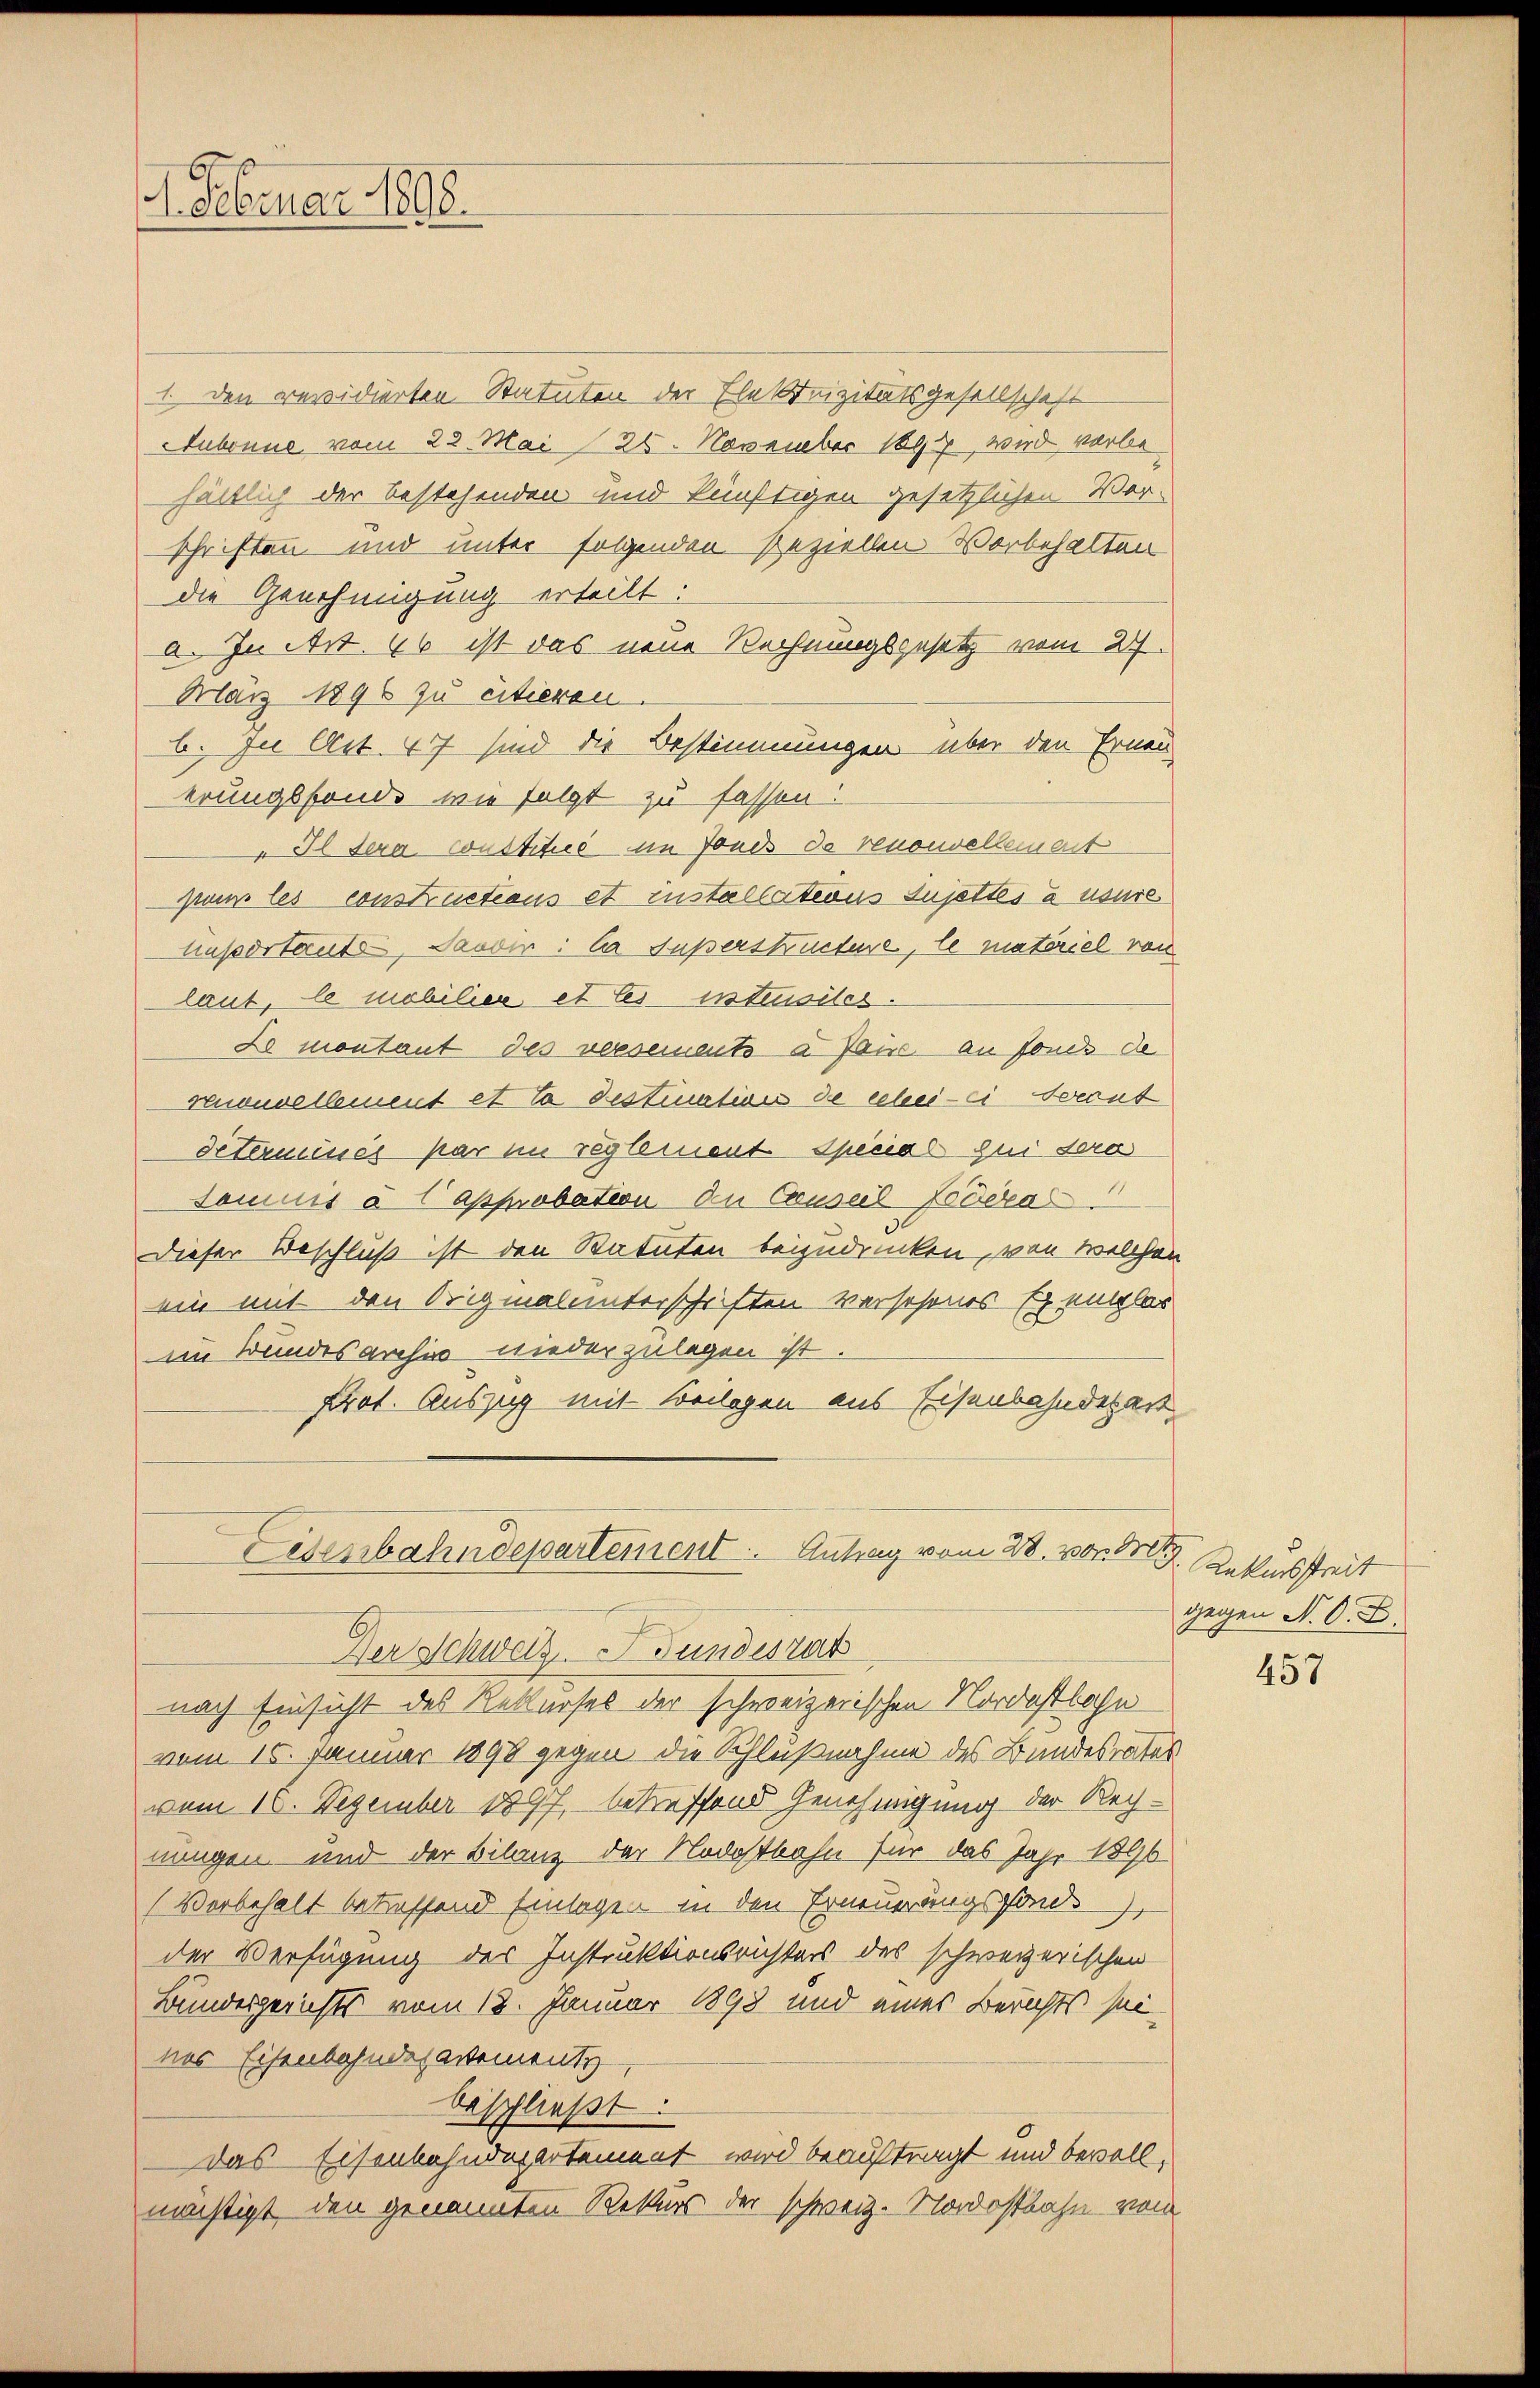
. Februar 1898.

1. Den revidierten Statuten der Elektrizitätsgesellschaft
Aubonne vom 22. Mai 26. November 1894, wird vorbe
hältlich der bestehenden und künftigen gesetzlichen Ver-
schriften und unter folgenden Beziellen Vorbehalten
die Genehmigung erteilt:
a. In Art. 46 ist das neue Rechnungsgesetz vom 27.
März 1896 zu citieren.
b. In Art. 47 sind die Bestimmungen über den Ernen
erungsfonde, wie folgt zu fassen:
 Il sera constitus im Fonds de renouvellement
pans les constructions et installations Sujettes à usure
tuportants, Sardir: la Fußerstructene, le materiel von
laut, le mobilier et les instensiles.
Le montant des voesemento a fause an fonds de
renouvellement et la destination de schei-ci derant
determisses par im reglement Special zu sera
sommis à l’approbation an Consul Foderal
Dieser Beschluß ist den Statuten beizudrucken, von welchen
ein mit den Originalunterschriften versehenes Exentlas
im Bundesarchiv wiederzulegen ist.
Prot. Auszug mit Beilagen aus Eisenbahndepart
Eisenbahndepartement. Antrag vom 28. von M
Der Schweiz. Bundesrat
nach Einsicht des Rekurses der schweizerischen Nordostbahn
vom 16. Januar 1898 gegen die Schlußnahme des Bundesrates
vom 16. Dezember 1897, betreffend Genehmigung der Rechnungen und der Bilanz der Nodostbahn für das Jahr 1890
(Vorbehalt betreffend Einlagen in den Erneuerungsfonds
der Verfügung des Instruktionsrichters des schweizerischen
Bundesgerichts vom 12. Januar 1898 und eines Berichts seines Eisenbahndepartemente
beschließt:
Das Eisenbahndepartement wird beauftragt und bevoll,
mächtigt, den genannten Rekurs der schweiz. Nordostbahn vom

Rekursstreit
gegen N. O. B.

457